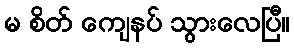
မ စိတ် ကျေနပ် သွားလေပြီ။